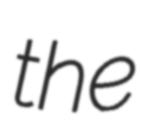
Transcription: the